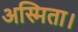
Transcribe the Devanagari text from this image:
अस्मिता।